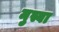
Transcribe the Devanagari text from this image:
मुस्बा